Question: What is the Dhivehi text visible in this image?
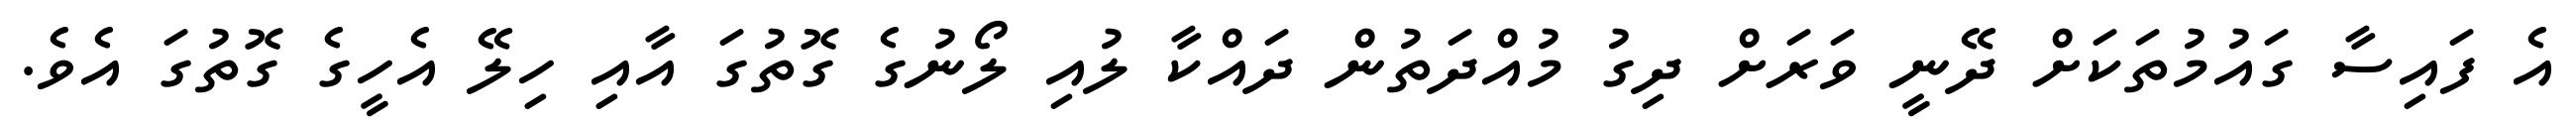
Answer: އެ ފައިސާ ގައުމުތަކަށް ދޭނީ ވަރަށް ދިގު މުއްދަތުން ދައްކާ ލުއި ލޯނުގެ ގޮތުގަ އާއި ހިލޭ އެހީގެ ގޮތުގަ އެވެ.